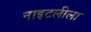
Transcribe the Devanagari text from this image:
नाइटलीला